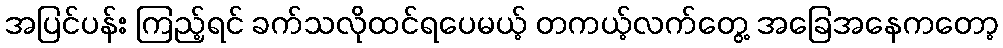
အပြင်ပန်း ကြည့်ရင် ခက်သလိုထင်ရပေမယ့် တကယ့်လက်တွေ့ အခြေအနေကတော့